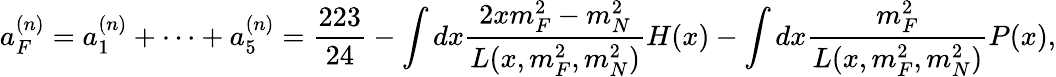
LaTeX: a_{F}^{(n)}=a_{1}^{(n)}+\cdots+a_{5}^{(n)}=\frac{223}{24}-\int dx\frac{2xm_{F}^{2}-m_{N}^{2}}{L(x,m_{F}^{2},m_{N}^{2})}H(x)-\int dx\frac{m_{F}^{2}}{L(x,m_{F}^{2},m_{N}^{2})}P(x),